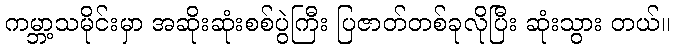
ကမ္ဘာ့သမိုင်းမှာ အဆိုးဆုံးစစ်ပွဲကြီး ပြဇာတ်တစ်ခုလိုပြီး ဆုံးသွား တယ်။